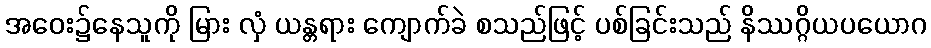
အဝေး၌နေသူကို မြား လှံ ယန္တရား ကျောက်ခဲ စသည်ဖြင့် ပစ်ခြင်းသည် နိဿဂ္ဂိယပယောဂ